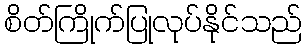
စိတ်ကြိုက်ပြုလုပ်နိုင်သည်